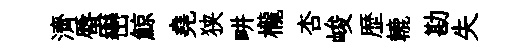
濟蜃巒鯨堯狭畊櫳杏峻歴轆勘失